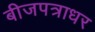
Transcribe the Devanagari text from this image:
बीजपत्राधर